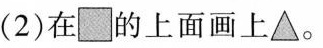
(2)在■的上面画上▲。